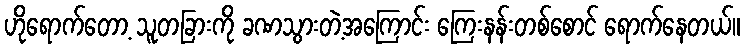
ဟိုရောက်တော့ သူတခြားကို ခဏသွားတဲ့အကြောင်း ကြေးနန်းတစ်စောင် ရောက်နေတယ်။